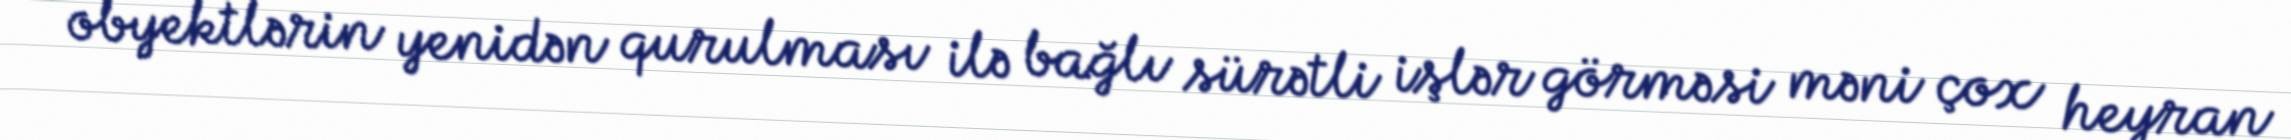
obyektlərin yenidən qurulması ilə bağlı sürətli işlər görməsi məni çox heyran